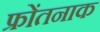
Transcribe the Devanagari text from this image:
फ्रोंतनाक